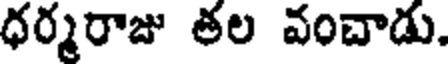
ధర్మరాజు తల వంచాడు.